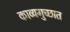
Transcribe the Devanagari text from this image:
काव्यगुच्छात